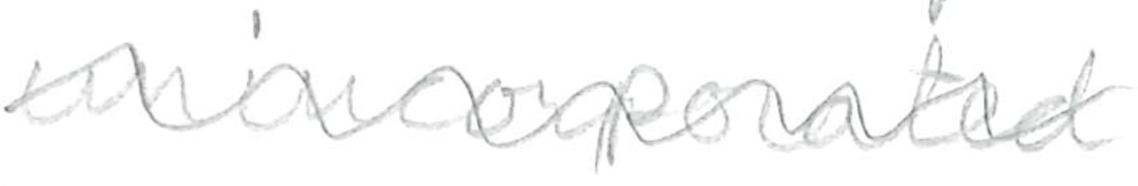
Text: unincorporated
Cross-out: wave
Writing tool: pencil